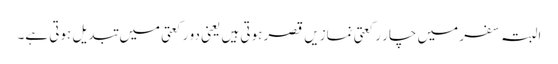
البتہ سفر میں چار رکعتی نمازیں قصر ہوتی ہیں یعنی دو رکعتی میں تبدیل ہوتی ہے۔